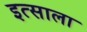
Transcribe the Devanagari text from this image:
इत्साला